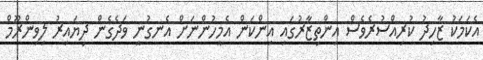
އެކަމަކު ޒާހިދު ކުރިއްސުރެވެސް އިންތިޒާރުގައި އިންކަން އެމީހުންނަށް އެނގުނީ ވަދެގެން ދިޔައިރު ލިވިންރޫމް